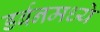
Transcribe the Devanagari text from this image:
डर्बनमध्ये